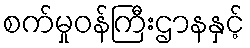
စက်မှုဝန်ကြီးဌာနနှင့်